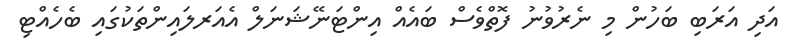
އަދި އަރަބި ބަހުން މި ނެރުވުނު ފޮތްވެސް ބައެއް އިންޓަނޭޝަނަލް އެއަރލައިންތަކުގައި ބެހެއްޓި